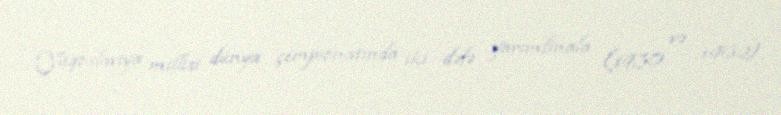
Yuqoslaviya millisi dünya çempionatında iki dəfə yarımfinala (1930 və 1962),